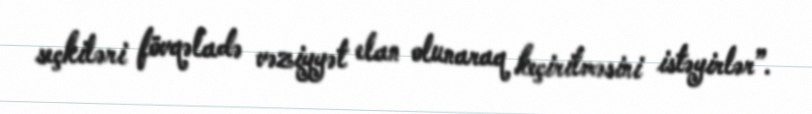
seçkiləri fövqəladə vəziyyət elan olunaraq keçirilməsini istəyirlər”.